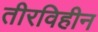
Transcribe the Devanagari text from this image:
तीरविहीन